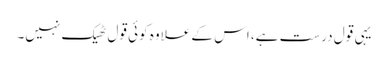
یہی قول درست ہے، اس کے علاوہ کوئی قول ٹھیک نہیں۔